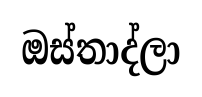
ඔස්තාද්ලා